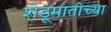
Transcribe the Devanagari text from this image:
शेडूमातीच्या